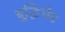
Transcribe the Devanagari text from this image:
बुद्धिभेद